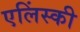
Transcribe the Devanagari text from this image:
एलिंस्की